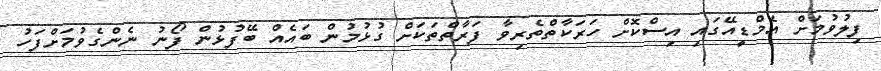
ފިލުވުމަށް އެމްޑީއޭގައި އިސްކޮށް ހަރަކާތްތެރިވާ ފަރާތްތަކަށް ގުޅުމުން ބައެއް ބޭފުޅުން ފޯނު ނެންގެވުމަށްފަހު